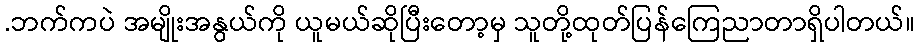
.ဘက်ကပဲ အမျိုးအနွယ်ကို ယူမယ်ဆိုပြီးတော့မှ သူတို့ထုတ်ပြန်ကြေညာတာရှိပါတယ်။